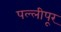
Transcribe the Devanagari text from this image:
पल्लीपूर